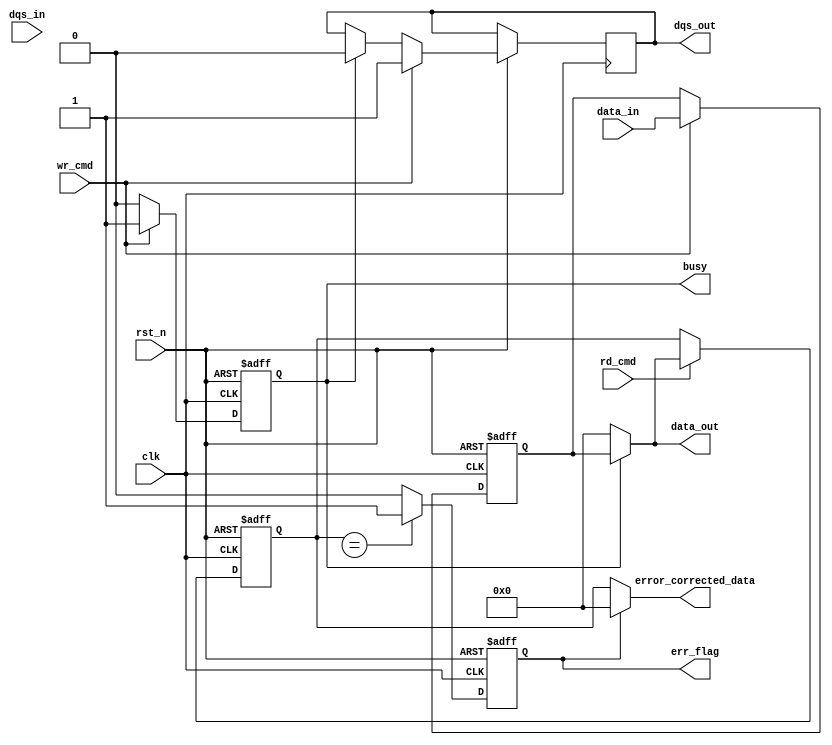
module gddr_io_block (
    input wire clk,
    input wire rst_n,
    input wire [DATA_WIDTH-1:0] data_in,
    output wire [DATA_WIDTH-1:0] data_out,
    input wire dqs_in,
    output wire dqs_out,
    input wire rd_cmd,
    input wire wr_cmd,
    output wire busy,
    output wire err_flag,
    output wire [DATA_WIDTH-1:0] error_corrected_data
);

parameter DATA_WIDTH = 32; // Configurable data bus width

// Internal signals
reg [DATA_WIDTH-1:0] tx_data;
reg [DATA_WIDTH-1:0] rx_data;
reg busy_reg;
reg err_reg;

// Transmitter (TX)
always @(posedge clk or negedge rst_n) begin
    if (!rst_n) begin
        tx_data <= 0;
        busy_reg <= 0;
    end else begin
        if (wr_cmd) begin
            tx_data <= data_in; // Load data for transmission
            busy_reg <= 1;
            dqs_out <= 1; // Activate DQS for write
        end else if (busy_reg) begin
            busy_reg <= 0;
            dqs_out <= 0; // Deactivate DQS
        end
    end
end

// Receiver (RX)
always @(posedge clk or negedge rst_n) begin
    if (!rst_n) begin
        rx_data <= 0;
    end else begin
        if (rd_cmd) begin
            rx_data <= data_out; // Capture incoming data
        end
    end
end

// Error Correction Logic (Simple Example)
assign error_corrected_data = (err_reg) ? {DATA_WIDTH{1'b0}} : rx_data; // Example correction logic

// Status Monitoring
always @(posedge clk or negedge rst_n) begin
    if (!rst_n) begin
        err_reg <= 0;
    end else begin
        // Simplified error checking
        err_reg <= (rx_data == {DATA_WIDTH{1'bx}}) ? 1 : 0; // Example error condition
    end
end

// Busy Signal
assign busy = busy_reg;

// Error Flag
assign err_flag = err_reg;

// Data Output (RX)
assign data_out = (busy_reg) ? tx_data : 0; // Output data if busy

endmodule